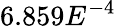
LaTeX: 6.859E^{-4}